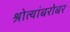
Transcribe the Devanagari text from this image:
श्रोत्यांबरोबर